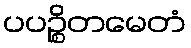
ပပဉ္စိတမေတံ